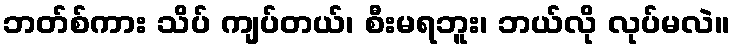
ဘတ်စ်ကား သိပ် ကျပ်တယ်၊ စီးမရဘူး၊ ဘယ်လို လုပ်မလဲ။